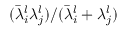
( \bar { \lambda } _ { i } ^ { l } \lambda _ { j } ^ { l } ) / ( \bar { \lambda } _ { i } ^ { l } + \lambda _ { j } ^ { l } )